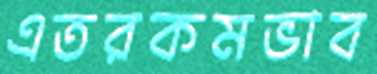
এতরকমভাব